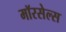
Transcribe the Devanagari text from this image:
मॉरसेल्स